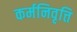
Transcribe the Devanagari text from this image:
कर्मनिवृत्ति